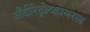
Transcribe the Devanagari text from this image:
अँटीरेट्रोव्हायरल